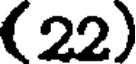
(22)